Scottish Leaving Certificate Examination, 1951
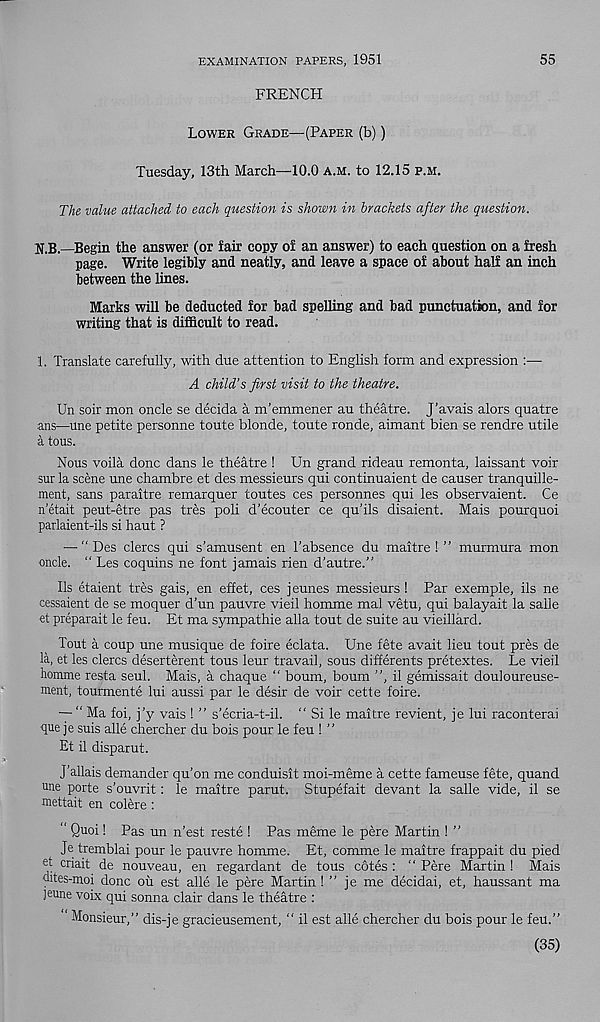
EXAMINATION PAPERS, 1951
55
FRENCH
Lower Grade—(Paper (b))
Tuesday, 13th March—10.0 a.m. to 12.15 p.m.
The value attached to each question is shown in brackets after the question.
U.B.—Begin the answer (or fair copy of an answer) to each question on a fresh
page. Write legibly and neatly, and leave a space of about half an inch
between the lines.
Marks will be deducted for bad spelling and bad punctuation, and for
writing that is difficult to read.
1. Translate carefully, with due attention to English form and expression :—
A child’s first visit to the theatre.
Un soir mon oncle se decida a m’emmener au theatre. J’avais alors quatre
ans—une petite personne toute blonde, toute ronde, aimant bien se rendre utile
a tous.
Nous voila done dans le theatre ! Un grand rideau remonta, laissant voir
sur la scene une chambre et des messieurs qui continuaient de causer tranquille-
ment, sans paraitre remarquer toutes ces personnes qui les observaient. Ce
netait peut-etre pas tres poli d’ecouter ce qu’ils disaient. Mais pourquoi
parlaient-ils si haut ?
— “Des clercs qui s’amusent en 1’absence du maitre ! ” murmura mon
oncle. “ Les coquins ne font jamais rien d’autre.”
Ils etaient tres gais, en effet, ces jeunes messieurs ! Par exemple, ils ne
cessaient de se moquer d’un pauvre vieil homme mal vetu, qui balayait la salle
et preparait le feu. Et ma sympathie alia tout de suite au vieillard.
Tout a coup une musique de foire eclata. Une fete avait lieu tout pres de
la, et les clercs deserterent tous leur travail, sous differents pretextes. Le vieil
homme resta seul. Mais, a chaque “ bourn, bourn ”, il gemissait douloureuse-
ment, tourmente lui aussi par le desir de voir cette foire.
— “ Ma foi, j’y vais ! ” s’ecria-t-il. " Si le maitre revient, je lui raconterai
<pe je suis alle chercher du bois pour le feu ! ”
Et il disparut.
J’allais demander qu’on me conduisit moi-meme a cette fameuse fete, quand
une porte s’ouvrit: le maitre parut. Stupefait devant la salle vide, il se
mettait en colere :
“ Quoi! Pas un n’est reste ! Pas meme le pere Martin ! ”
Je tremblai pour le pauvre homme. Et, comme le maitre frappait du pied
et criait de nouveau, en regardant de tous cotes : “ Pere Martin ! Mais
dites-moi done oil est alle le pere Martin ! ” je me decidai, et, haussant ma
jenne voix qui sonna clair dans le theatre :
Monsieur,” dis-je gracieusement, “ il est alle chercher du bois pour le feu.”
(35)